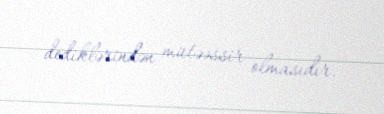
dediklərindən mütəəssir olmasıdır.